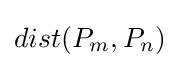
dist(P_{m},P_{n})